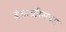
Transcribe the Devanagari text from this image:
बेचाळीसच्या